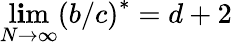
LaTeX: \operatorname*{l\mathbf{i}m}_{N\rightarrow\infty}\left(b/c\right)^{\ast}=d+2